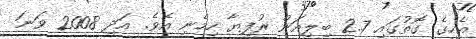
އެހީގެ ގޮތުގައި 2.7 ބިލިއަން ރުފިޔާ ހިމެނި އެވެ. އަދި 2008 ވަނަ